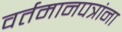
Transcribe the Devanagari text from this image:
वर्तमानपत्रांना